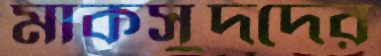
মাকসুদদের